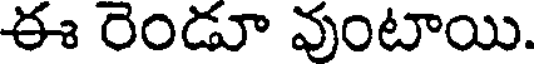
ఈ రెండూ వుంటాయి.